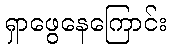
ရှာဖွေနေကြောင်း